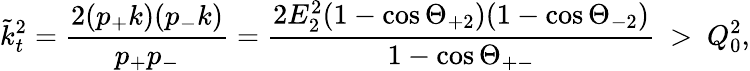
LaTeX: \tilde{k}_{t}^{2}=\frac{2(p_{+}k)(p_{-}k)}{p_{+}p_{-}}=\frac{2E_{2}^{2}(1-\cos\Theta_{+2})(1-\cos\Theta_{-2})}{1-\cos\Theta_{+-}}\ >\ Q_{0}^{2},